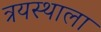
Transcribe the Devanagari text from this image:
त्रयस्थाला